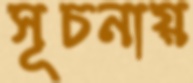
সূচনায়